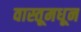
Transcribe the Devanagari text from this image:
वास्तूमधून